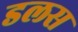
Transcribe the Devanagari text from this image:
डलस